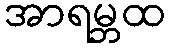
အာရမ္ဘထ